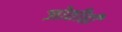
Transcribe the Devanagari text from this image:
जोतीही